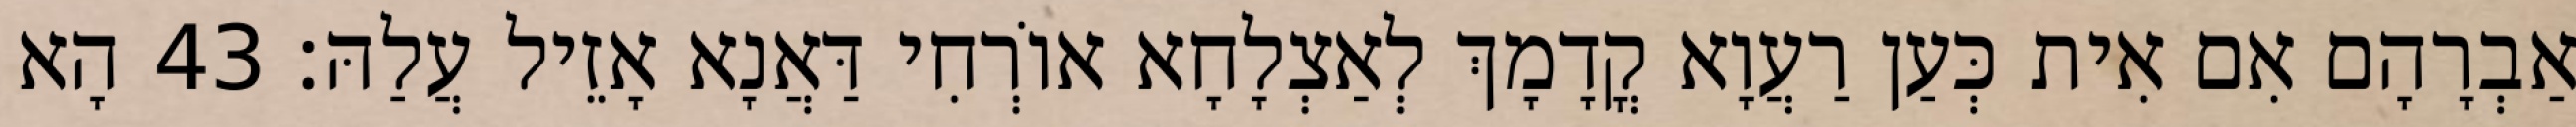
אַבְרָהָם אִם אִית כְּעַן רַעֲוָא קֳדָמָךְ לְאַצְלָחָא אוֹרְחִי דַּאֲנָא אָזֵיל עֲלַהּ׃ 43 הָא